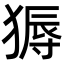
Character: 𬌽